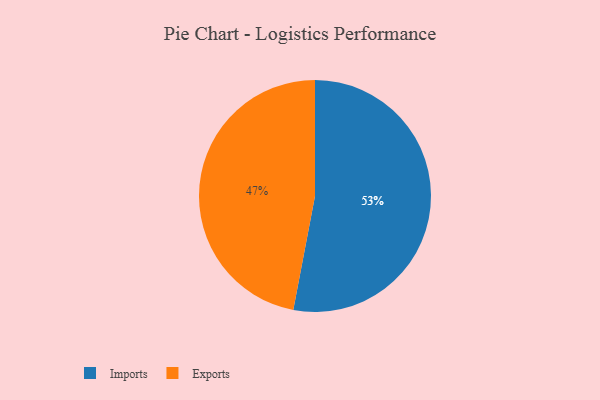
{"axis": {"x": "Category", "y": "Percentage"}, "legend": ["Exports", "Imports"], "data": [{"x": "Exports", "y": 47, "type": "Exports"}, {"x": "Imports", "y": 53, "type": "Imports"}]}